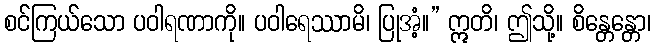
စင်ကြယ်သော ပဝါရဏာကို။ ပဝါရေဿာမိ၊ ပြုအံ့။” ဣတိ၊ ဤသို့။ စိန္တေန္တော၊